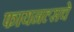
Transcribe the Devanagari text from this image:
फायनल्सचे